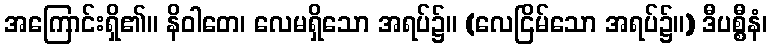
အကြောင်းရှိ၏။ နိဝါတေ၊ လေမရှိသော အရပ်၌။ (လေငြိမ်သော အရပ်၌။) ဒီပစ္စီနံ၊